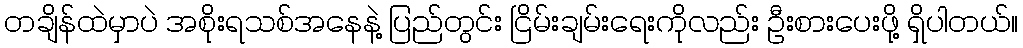
တချိန်ထဲမှာပဲ အစိုးရသစ်အနေနဲ့ ပြည်တွင်း ငြိမ်းချမ်းရေးကိုလည်း ဦးစားပေးဖို့ ရှိပါတယ်။